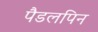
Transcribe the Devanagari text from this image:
पैडलपिन